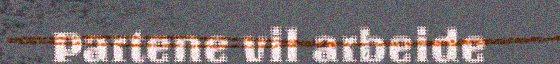
Partene vil arbeide